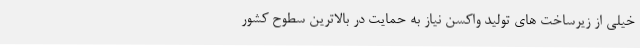
خیلی از زیرساخت های تولید واکسن نیاز به حمایت در بالاترین سطوح کشور